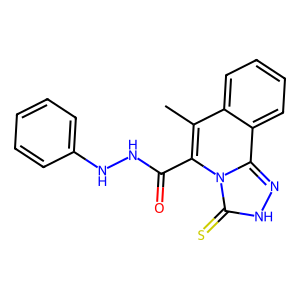
SMILES: Cc1c(C(=O)NNc2ccccc2)n2c(=S)[nH]nc2c2ccccc12
Inhibits HIV replication: No